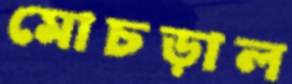
মোচড়াল